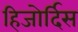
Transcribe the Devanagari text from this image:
हिजोर्दिस